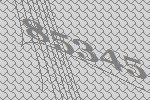
85345